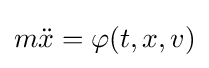
m{\ddot {x}}=\varphi (t,x,v)